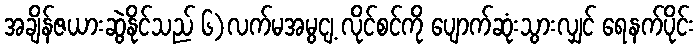
အချိန်ဇယားဆွဲနိုင်သည် ၆)လက်မအမွငျ့ လိုင်စင်ကို ပျောက်ဆုံးသွားလျှင် ရေနက်ပိုင်း